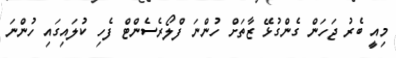
މިއީ ބެރު ޖަހަން ގެންގުޅޭ ޒާތަށް ހުންނަ ފްލޯރެސެންޓް ފެހި ކުލައިގައި ހުންނަ